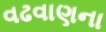
વઢવાણના